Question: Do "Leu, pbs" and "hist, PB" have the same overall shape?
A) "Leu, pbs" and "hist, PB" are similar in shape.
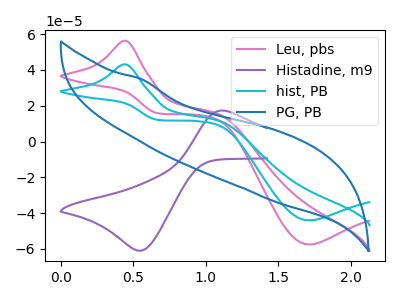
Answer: <think>The pink curve "Leu, pbs" has an anodic peak at (0.45V, 56.30uA) and a cathodic peak at (1.70V, -57.55uA). The purple curve "Histadine, m9" has an anodic peak at (1.15V, 17.15uA) and a cathodic peak at (0.55V, -61.05uA). The cyan curve "hist, PB" has an anodic peak at (0.45V, 43.10uA) and a cathodic peak at (1.70V, -44.05uA). The blue curve "PG, PB" has no peaks.
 All the peaks in "Leu, pbs" have a peak in "hist, PB" at the same potential. Every peak in "Leu, pbs" is higher than every peak in "hist, PB".</think>
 <answer>A) "Leu, pbs" and "hist, PB" are similar in shape.</answer>
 <eval>A</eval>